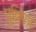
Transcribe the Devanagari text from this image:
पुष्टिपत्र